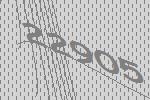
22905